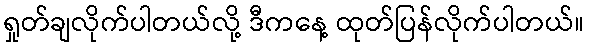
ရှုတ်ချလိုက်ပါတယ်လို့ ဒီကနေ့ ထုတ်ပြန်လိုက်ပါတယ်။